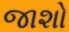
જાશો